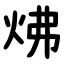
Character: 炥